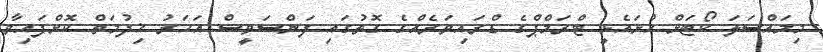
މިމައްސަލަ ކޯޓަށް ހުށައެޅީ ޓްރަމްޕްގެ ޑްރައިވަރެއްގެ ގޮތުގައި ފަންސަވީސް އަހަރު ޚިދުމަތް ކޮށްފައިވާ